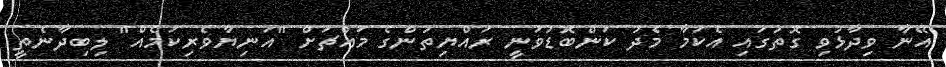
އޭނާ ވިދާޅުވި ގޮތުގައި އެކަމާ މެދު ކަންބޮޑުވަނީ ރައްޔިތުންގެ މައްޗަށް "އަނިޔާވެރިކަމެއް" ލިބިދާނެތީ